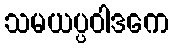
သမယပ္ပဝါဒကေ